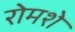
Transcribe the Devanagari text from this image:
रोमशे